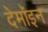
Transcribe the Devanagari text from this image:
देमॉइन